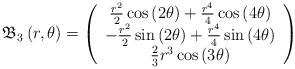
LaTeX: \begin{align*}\mathfrak{B}_{3}\left( r,\theta \right) =\left( \begin{array}{c}\frac{r^{2}}{2}\cos \left( 2\theta \right) +\frac{r^{4}}{4}\cos \left(4\theta \right) \\ -\frac{r^{2}}{2}\sin \left( 2\theta \right) +\frac{r^{4}}{4}\sin \left(4\theta \right) \\ \frac{2}{3}r^{3}\cos \left( 3\theta \right)\end{array}\right) \end{align*}